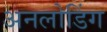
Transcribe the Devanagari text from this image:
अनलोडिंग